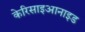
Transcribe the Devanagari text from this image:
केरिसाइआनाइड